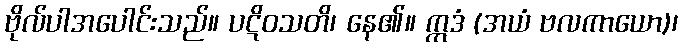
ဗိုလ်ပါအပေါင်းသည်။ ပဋိဝသတိ၊ နေ၏။ ဣဒံ (အယံ ဗလကာယော)၊